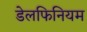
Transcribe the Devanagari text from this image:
डेलफिनियम